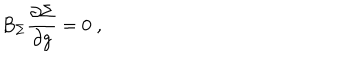
B _ { \Sigma } \frac { \partial \Sigma } { \partial g } = 0 \; ,